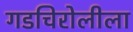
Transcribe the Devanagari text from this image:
गडचिरोलीला